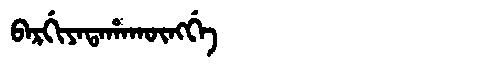
Manchu: ᠪᠠᡵᡤᡳᠶᠠᡨᠠᡥᠠᡴᡡᠩᡤᡝ
Romanization: BARGIYATAHAKŪNGGE